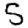
Digit: 5